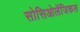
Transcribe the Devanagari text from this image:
सोसिओलॅजिकल